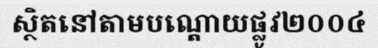
ស្ថិតនៅតាមបណ្តោយផ្លូវ២០០៤